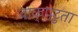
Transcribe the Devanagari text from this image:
वाक्‌पटुता